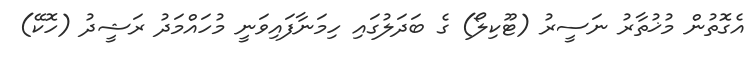
އެގޮތުން މުޚުތާރު ނަސީރު (ޓޫކިލޯ) ގެ ބަދަލުގައި ހިމަނާފައިވަނީ މުހައްމަދު ރަޝީދު (ހޮކޭ)